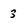
Character: 3